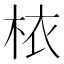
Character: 𣐿